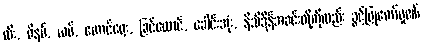
ထီး, ဖိနပ်, ယပ်, တောင်ဝှေး, ခြင်ထောင်, ခေါင်းအုံး, နိသီဒိုန်အခင်းတို့ကိုလည်း ခွင့်ပြုတော်မူ၏၊